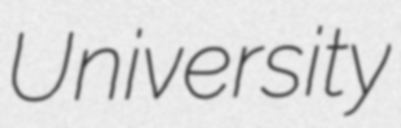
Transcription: University